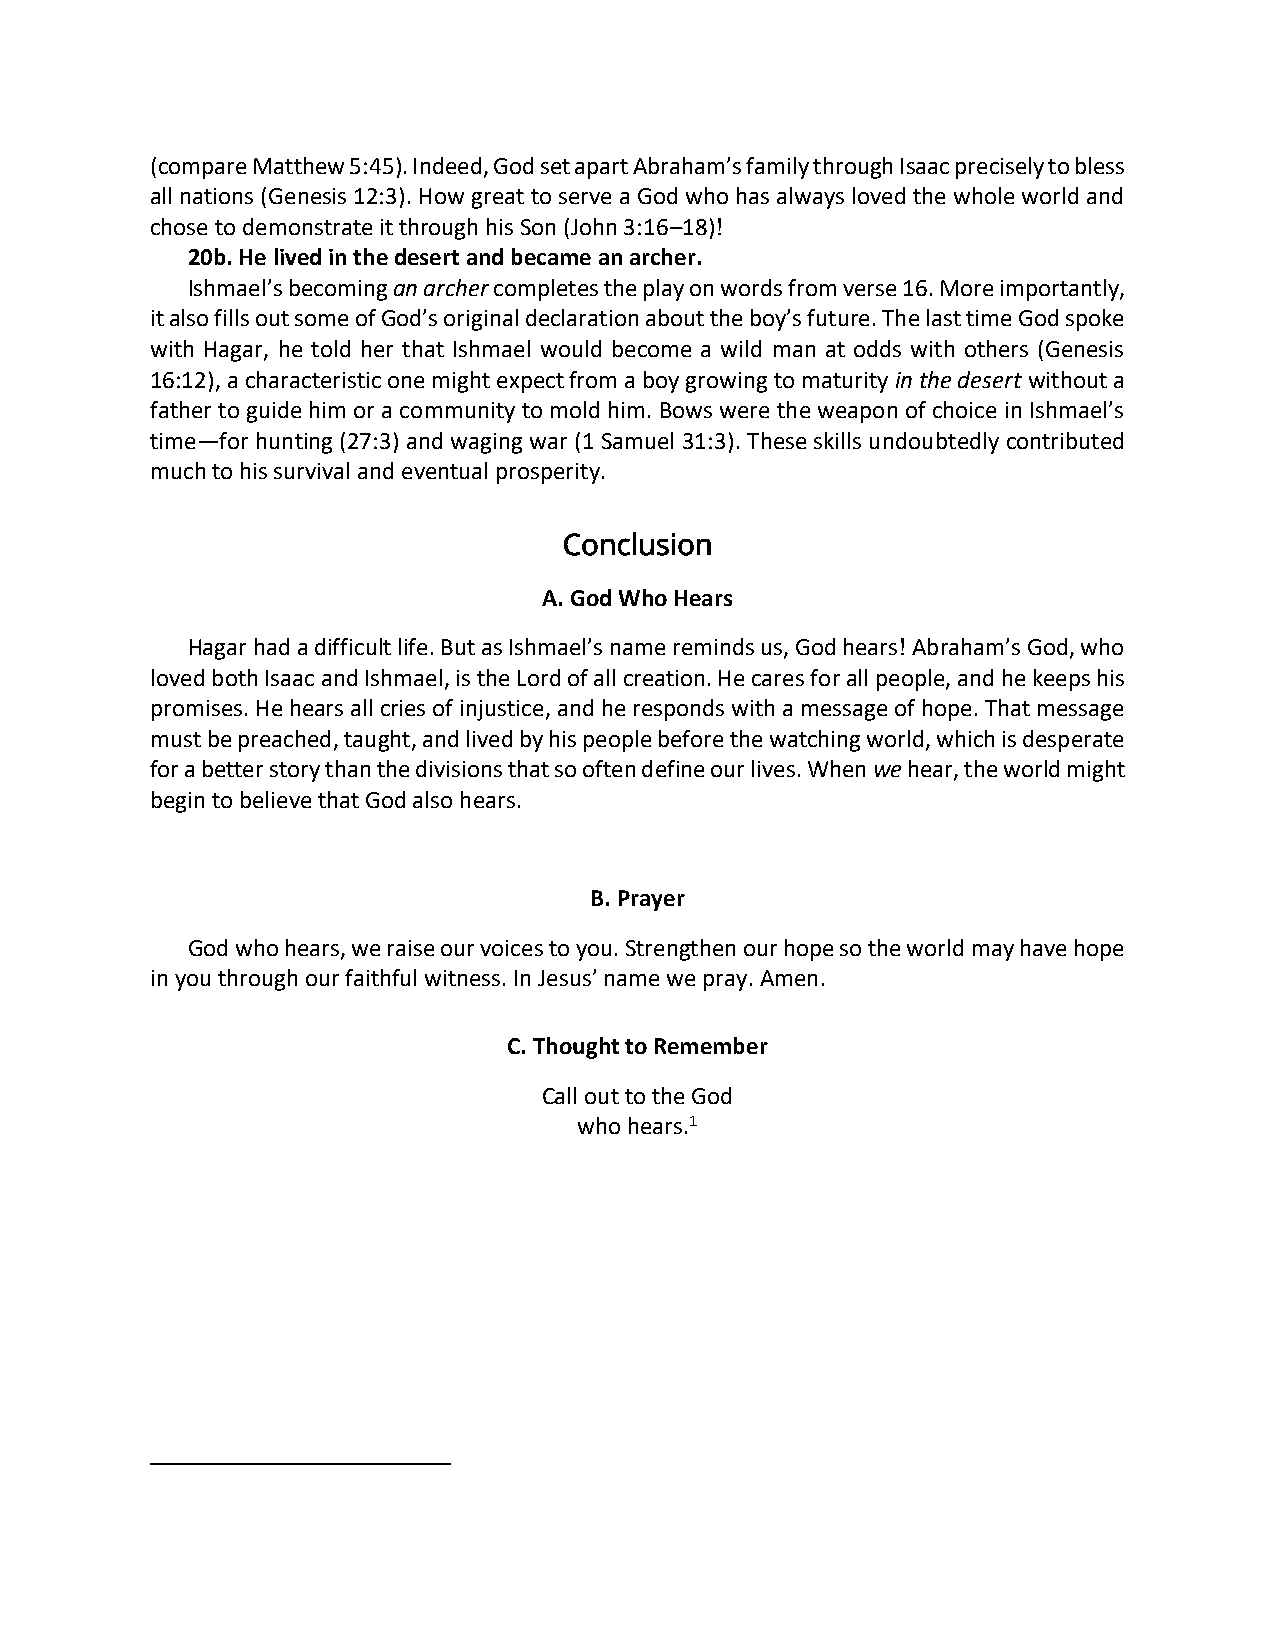
(compare Matthew 5:45). Indeed, God set apart Abraham’s family through Isaac precisely to bless
 all nations (Genesis 12:3). How great to serve a God who has always loved the whole world and
 chose to demonstrate it through his Son (John 3:16–18)!
 20b. He lived in the desert and became an archer.
 Ishmael’s becoming an archer completes the play on words from verse 16. More importantly,
 it also fills out some of God’s original declaration about the boy’s future. The last time God spoke
 with Hagar, he told her that Ishmael would become a wild man at odds with others (Genesis
 16:12), a characteristic one might expect from a boy growing to maturity in the desert without a
 father to guide him or a community to mold him. Bows were the weapon of choice in Ishmael’s
 time—for hunting (27:3) and waging war (1 Samuel 31:3). These skills undoubtedly contributed
 much to his survival and eventual prosperity.
 Conclusion
 A. God Who Hears
 Hagar had a difficult life. But as Ishmael’s name reminds us, God hears! Abraham’s God, who
 loved both Isaac and Ishmael, is the Lord of all creation. He cares for all people, and he keeps his
 promises. He hears all cries of injustice, and he responds with a message of hope. That message
 must be preached, taught, and lived by his people before the watching world, which is desperate
 for a better story than the divisions that so often define our lives. When we hear, the world might
 begin to believe that God also hears.
 B. Prayer
 God who hears, we raise our voices to you. Strengthen our hope so the world may have hope
 in you through our faithful witness. In Jesus’ name we pray. Amen.
 C. Thought to Remember
 Call out to the God
 who hears.1